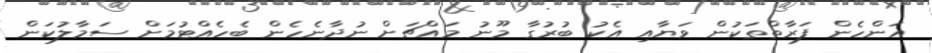
އަންހެން ފަރާތްތަކުން ވަޔާއި އެކު ބުރުގާ މޫނު މައްޗަށް ނުދާނެހެން ބެހެއްޓުމަށް ސަމާލުކަން